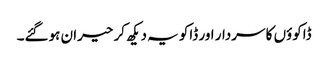
ڈاکوؤں کا سردار اور ڈاکو یہ دیکھ کر حیران ہوگئے۔